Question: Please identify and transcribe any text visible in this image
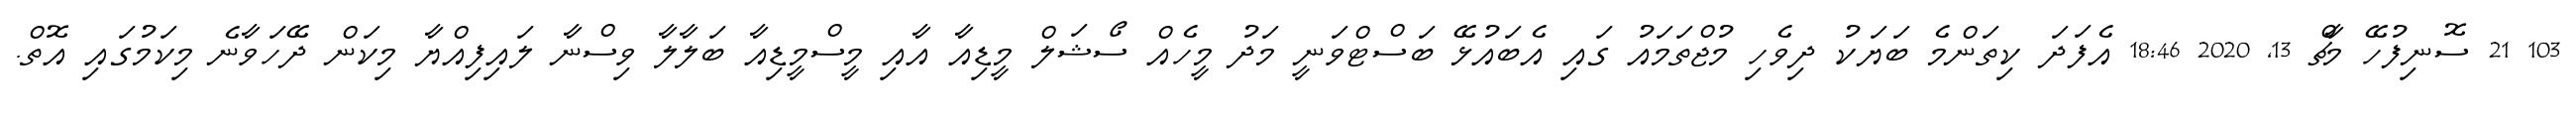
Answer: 103 21 ސޮނިފުހޭ މާޗް 13, 2020 18:46 އެފަދަ ކިތަންމެ ބަޔަކު ދިވެހި މުޖްތަމައު ގައި އެބައުޅޭ ބަސްޓްވަނީ މަދު މީހެއް ސޯޝަލް މީޑިއާ އާއި މީސްމީޑިއާ ބަލާލާ ވިސްނާ ލައިފިއްޔާ މިކަން ދޭހަވާނެ މިކަމުގައި އޮތް.